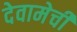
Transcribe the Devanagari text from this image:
देवामेची